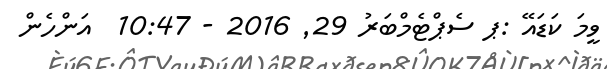
ވީމަ ކަޑައޭ :ޕ ސެޕްޓެމްބަރު 29